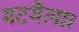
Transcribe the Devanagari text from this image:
मटमैला।